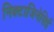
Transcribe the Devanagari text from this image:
निक्टाजिनेसिई